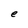
Character: e